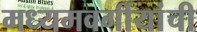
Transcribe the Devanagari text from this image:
मध्यमवर्गीयांची